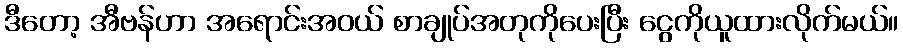
ဒီတော့ အီဗန်ဟာ အရောင်းအဝယ် စာချုပ်အတုကိုပေးပြီး ငွေကိုယူထားလိုက်မယ်။